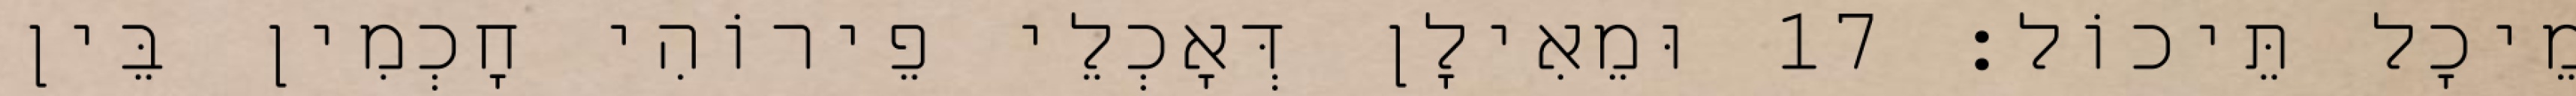
מֵיכָל תֵּיכוֹל׃ 17 וּמֵאִילָן דְּאָכְלֵי פֵירוֹהִי חָכְמִין בֵּין